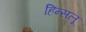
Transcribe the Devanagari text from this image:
हिन्सलू